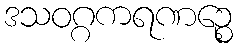
ဒသဝဂ္ဂကရဏဉ္စေ